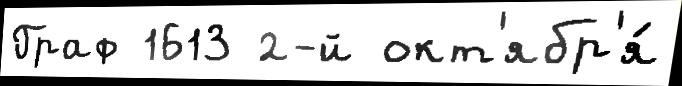
Граф 1613 2-й окт'ябр'я́